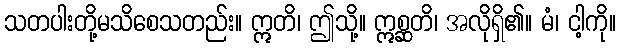
သတပါးတို့မသိစေသတည်း။ ဣတိ၊ ဤသို့။ ဣစ္ဆတိ၊ အလိုရှိ၏။ မံ၊ ငါ့ကို။